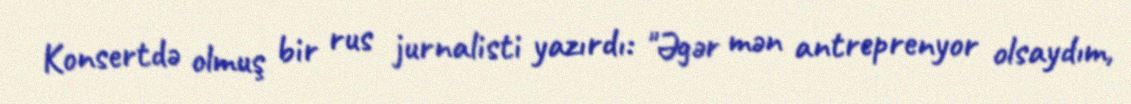
Konsertdə olmuş bir rus jurnalisti yazırdı: "Əgər mən antreprenyor olsaydım,